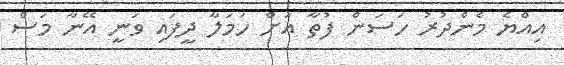
އިއްޔެ މެންދުރު ހަސަން ފުތާ އަށް ހަމަލާ ދީފައި ވަނީ އޭނާ މަސް